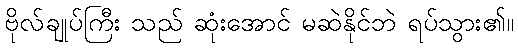
ဗိုလ်ချုပ်ကြီး သည် ဆုံးအောင် မဆဲနိုင်ဘဲ ရပ်သွား၏။